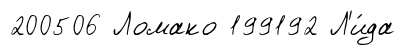
200506 Ломако 199192 Л'и́да